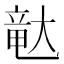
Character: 𪥛